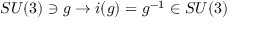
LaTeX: S U ( 3 ) \ni g \rightarrow i ( g ) = g ^ { - 1 } \in S U ( 3 )